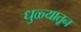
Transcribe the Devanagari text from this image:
धुळ्यातून